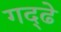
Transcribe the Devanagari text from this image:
गद्ढे